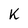
Character: K